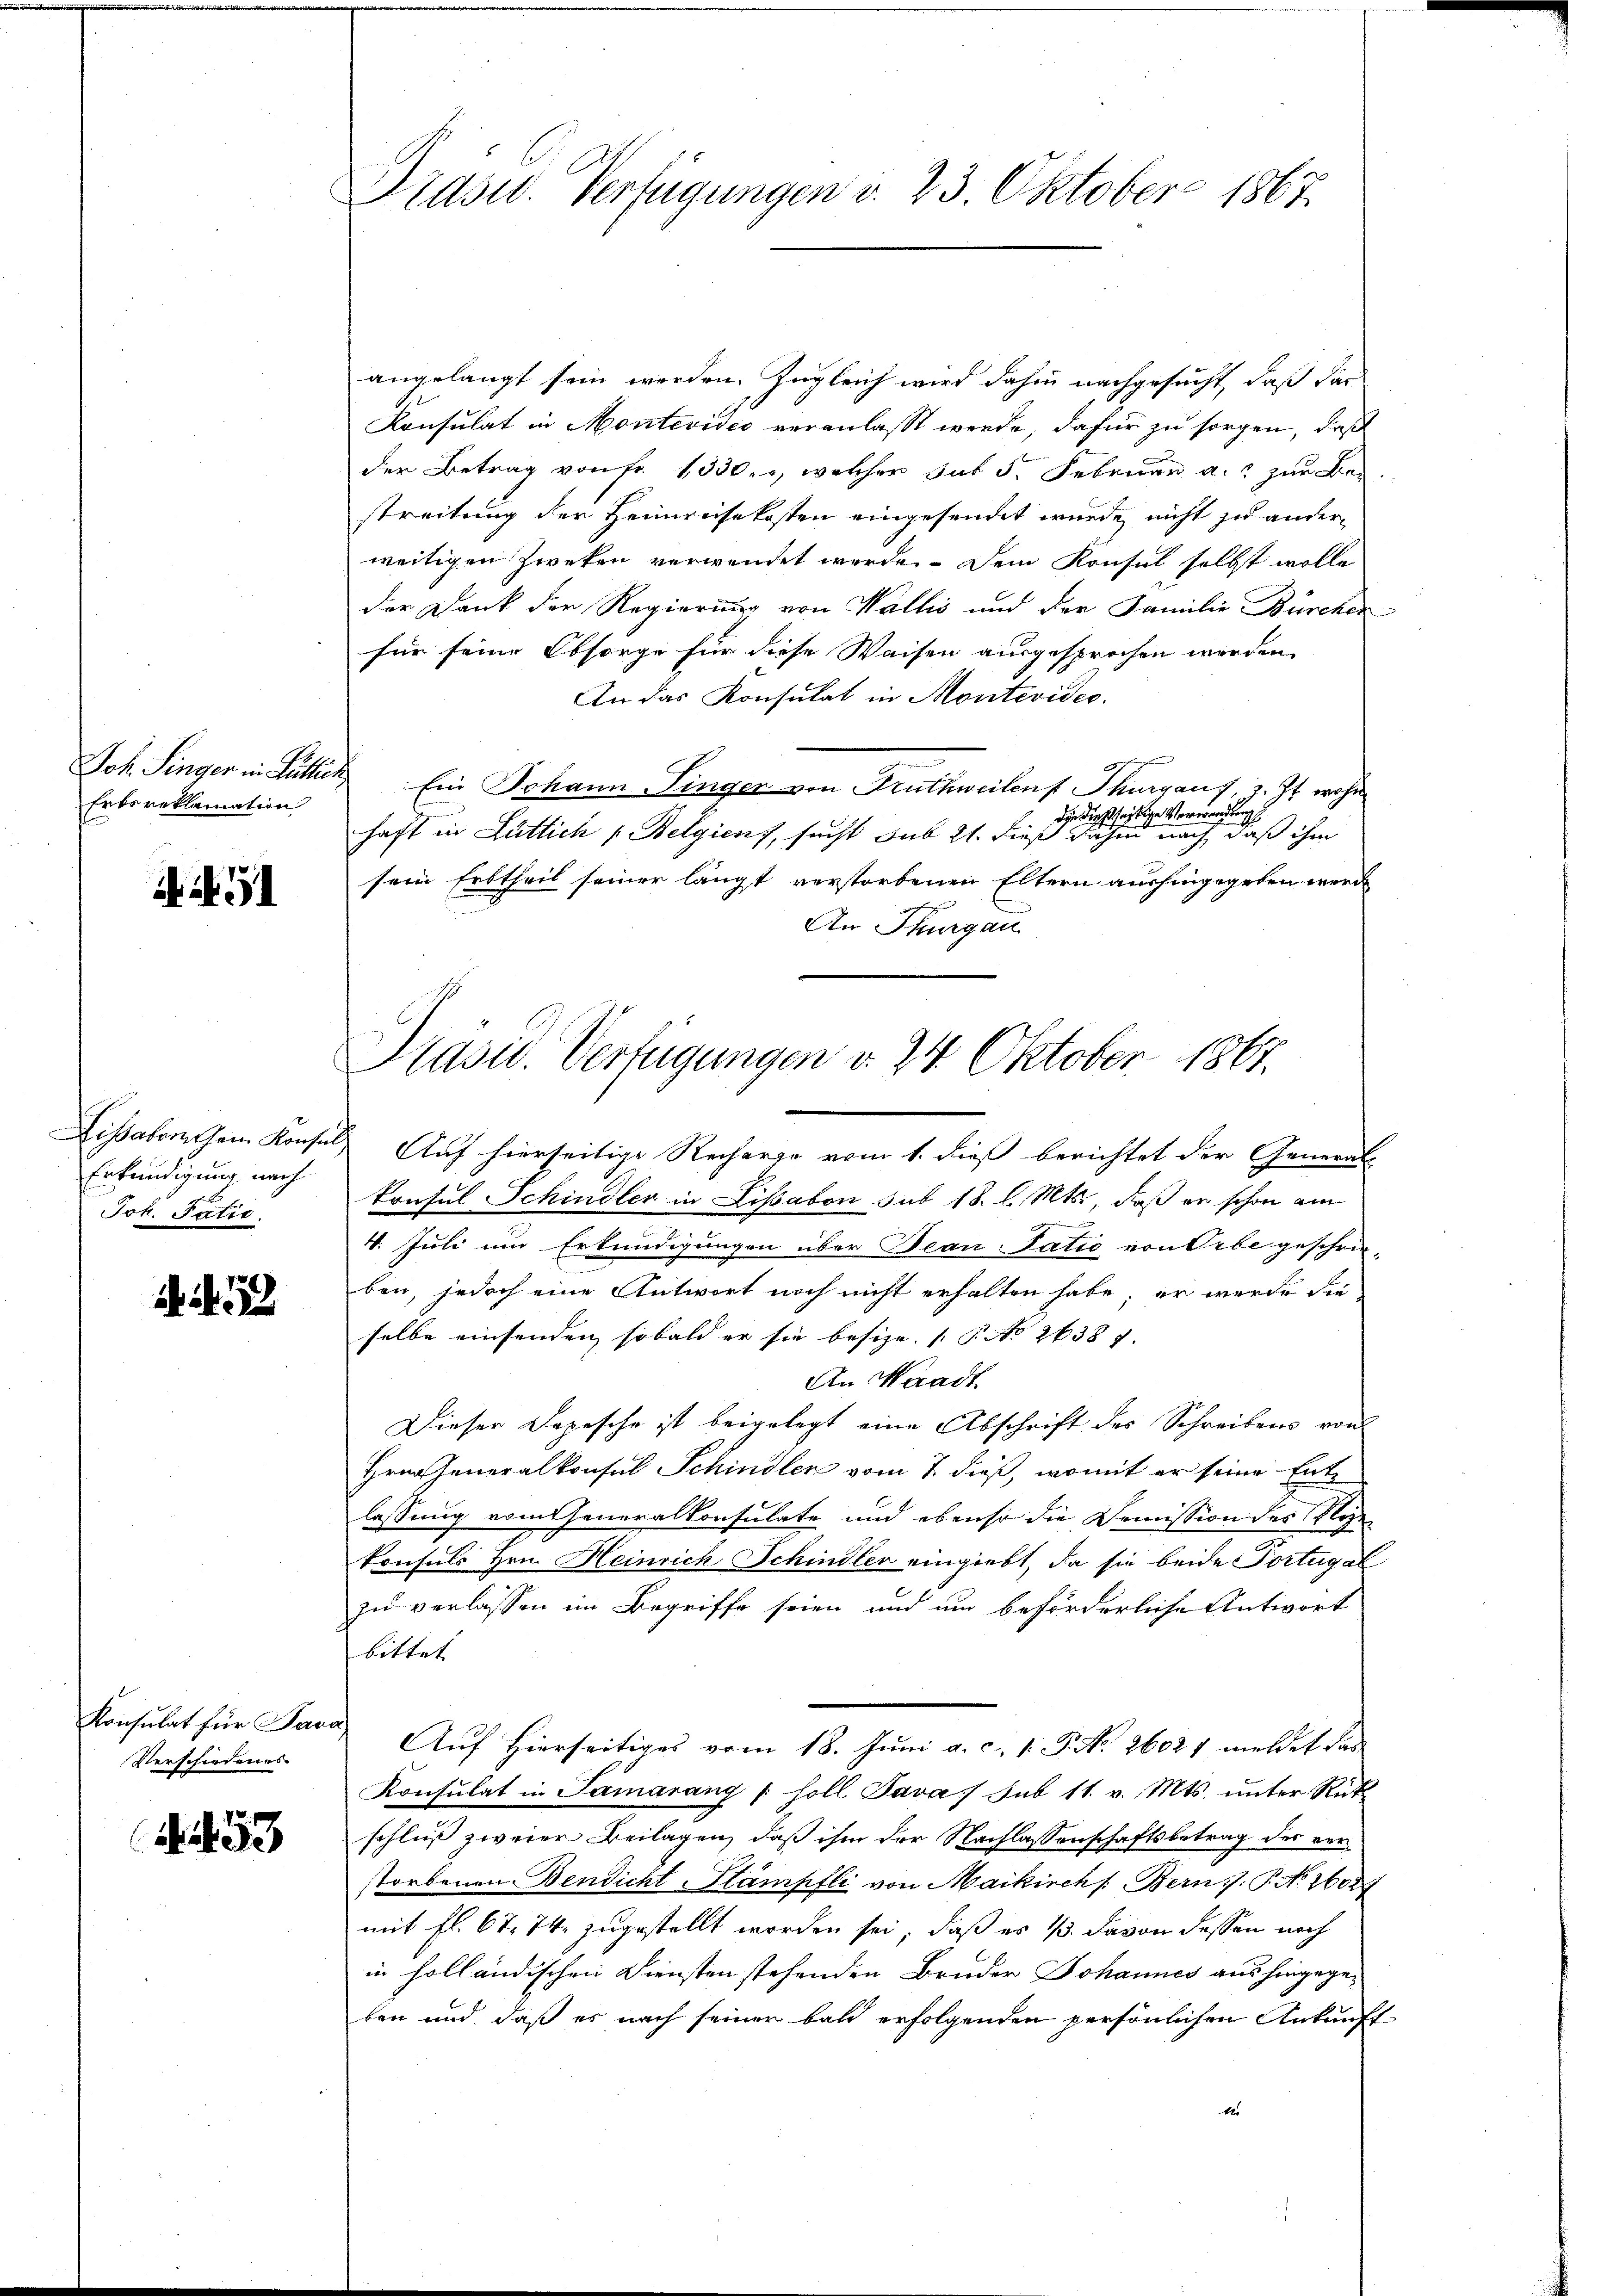
Joh. Singer in Lutte
Erbs reklamation

G

Lissabonem Konsen
Erkundigung nach
Jok. Patie.

i. a. 179

Konsulat für Par
Verschiedenes

53

Präser. Verfügungen d. 23. Oktober 1867.

angelangt sein werden. Zugleich wird dahin nachgesucht, daß das
Konsulat in Montevides veranlasst werde, dafür zu sorgen, daß
der Betrag von Fr. 1330, welcher hat 5. Februar a. zur Bestreitung der Heimreisekosten eingesendet wurde nicht zu ander-
weitigen Zweken verwendet werde. Dem Konsul selbst wolle
der Dank der Regierung von Wallis und der Familie Bürcher
für seine Obsorge für diese Waisen ausgesprochen werden.
An das Konsulat in Montevideo.
Ein Johann Finger von Fruthweilen Thurgaus, z. Zt. wohn
die dießseitige Verwendung
haft in Lütlich Belgien, sucht sub 21. dieß dahin nach, daß ihm
sein Erbtheil seiner längt verstorbenen Eltern aushingegeben werde
An Thurgau.
Auf hierseitige Recharge vom 1. dieß berichtet der General-
konsul Schindler in Lissabon sub 18. l. Mts., daß er schon am
4. Juli um Erkundigungen über Jean Tatio von Erbe geschrie-
ben, jedoch eine Antwort noch nicht erhalten habe, er wurde die
selbe einsenden, sobald er sie besize (§. No 26387.
An Waadt
Dieser Depesche ist beigelegt eine Abschrift des Schreibens von
Hrn. Generalkonsul Schindler vom 7. dieß, womit er seine Entlassung vom Generalkonsulate und ebenso die Demission des Sekonsuls Hrn. Heinrich Schindler eingiebt, da sie beide Portugal
zu verlassen im Begriffe seien und um beförderliche Antwort
bittet |
Auf Hierseitiges vom 18. Juni a. c. v. P. No. 26021 meldet das
Konsulat in Samarang soll Java / Sub 11. v. Mts. ŭnter Rückschluß zweier Beilagen, daß ihm der Nachlassenschaftsbetrag des verstorbenen Bendicht-Stampfli von Maikirchs Bern /: P. No. 26089
mit fl. 6 t 74. zugestellt worden sei, daß es 13. davon dassen noch
in holländischen Diensten stehenden Bruder Johannes aus hingegeben und daß es nach seiner bald erfolgenden persönlichen Ankunft

Präsid. Verfügungen v. 24. Oktober 1867.